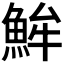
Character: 𩶢